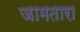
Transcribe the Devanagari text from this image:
जामतारा